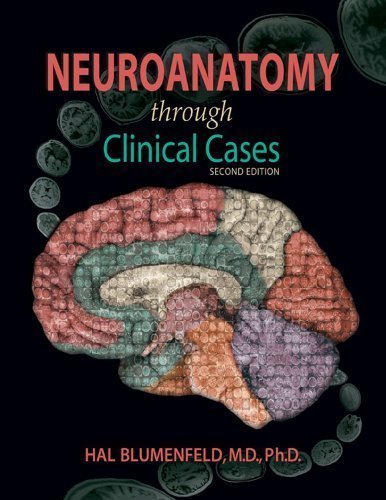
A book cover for Neuroanatomy Through Clinical Cases, Second Edition, Text with Interactive eBook (Blumenfeld, Neuroanatomy Through Clinical Cases) by Hal Blumenfeld 2nd (second) (2011) Paperback; Medical Books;